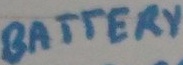
Text: BATTERY